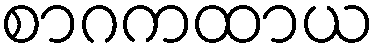
စာဂကထာယ